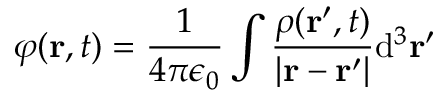
\varphi ( \mathbf { r } , t ) = { \frac { 1 } { 4 \pi \epsilon _ { 0 } } } \int { \frac { \rho ( \mathbf { r } ^ { \prime } , t ) } { | \mathbf { r } - \mathbf { r } ^ { \prime } | } } \mathrm { d } ^ { 3 } \mathbf { r } ^ { \prime }